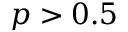
p > 0 . 5